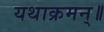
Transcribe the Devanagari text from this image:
यथाक्रमन्॥